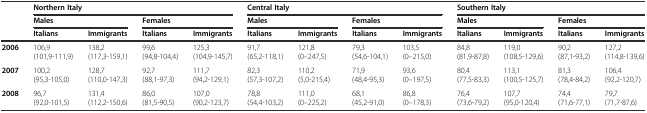
<table><thead><tr><td></td><td colspan="4"><b>Northern Italy</b></td><td colspan="4"><b>Central Italy</b></td><td colspan="4"><b>Southern Italy</b></td></tr><tr><td></td><td colspan="2"><b>Males</b></td><td colspan="2"><b>Females</b></td><td colspan="2"><b>Males</b></td><td colspan="2"><b>Females</b></td><td colspan="2"><b>Males</b></td><td colspan="2"><b>Females</b></td></tr><tr><td></td><td><b>Italians</b></td><td><b>Immigrants</b></td><td><b>Italians</b></td><td><b>Immigrants</b></td><td><b>Italians</b></td><td><b>Immigrants</b></td><td><b>Italians</b></td><td><b>Immigrants</b></td><td><b>Italians</b></td><td><b>Immigrants</b></td><td><b>Italians</b></td><td><b>Immigrants</b></td></tr></thead><tbody><tr><td><b>2006</b></td><td>106,9 (101,9-111,9)</td><td>138,2 (117,3-159,1)</td><td>99,6 (94,8-104,4)</td><td>125,3 (104,9-145,7)</td><td>91,7 (65,2-118,1)</td><td>121,8 (0–247,5)</td><td>79,3 (54,6-104,1)</td><td>103,5 (0–215,0)</td><td>84,8 (81,9-87,8)</td><td>119,0 (108,5-129,6)</td><td>90,2 (87,1-93,2)</td><td>127,2 (114,8-139,6)</td></tr><tr><td><b>2007</b></td><td>100,2 (95,3-105,0)</td><td>128,7 (110,0-147,3)</td><td>92,7 (88,1-97,3)</td><td>111,7 (94,2-129,1)</td><td>82,3 (57,3-107,2)</td><td>110,2 (5,0-215,4)</td><td>71,9 (48,4-95,3)</td><td>93,6 (0–197,5)</td><td>80,4 (77,5-83,3)</td><td>113,1 (100,5-125,7)</td><td>81,3 (78,4-84,2)</td><td>106,4 (92,2-120,7)</td></tr><tr><td><b>2008</b></td><td>96,7 (92,0-101,5)</td><td>131,4 (112,2-150,6)</td><td>86,0 (81,5-90,5)</td><td>107,0 (90,2-123,7)</td><td>78,8 (54,4-103,2)</td><td>111,0 (0–225,2)</td><td>68,1 (45,2-91,0)</td><td>86,8 (0–178,3)</td><td>76,4 (73,6-79,2)</td><td>107,7 (95,0-120,4)</td><td>74,4 (71,6-77,1)</td><td>79,7 (71,7-87,6)</td></tr></tbody></table>